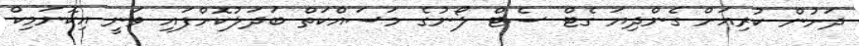
ދަށުން ކުރިއަށް ގެންދިޔަ ގެޓް ސެޓް ލޯނުގެ މަސައްކަތް ބަދަލުކޮށްފައި ވަނީ އިކޮނަމިކް